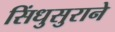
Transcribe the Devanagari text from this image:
सिंधुसुराने